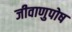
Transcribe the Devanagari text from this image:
जीवाणुपोष